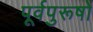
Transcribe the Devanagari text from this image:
पूर्वपुरूषों